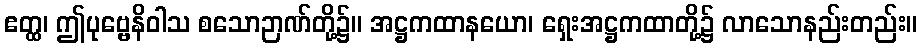
ဧတ္ထ၊ ဤပုဗ္ဗေနိဝါသ စသောဉာဏ်တို့၌။ အဋ္ဌကထာနယော၊ ရှေးအဋ္ဌကထာတို့၌ လာသောနည်းတည်း။